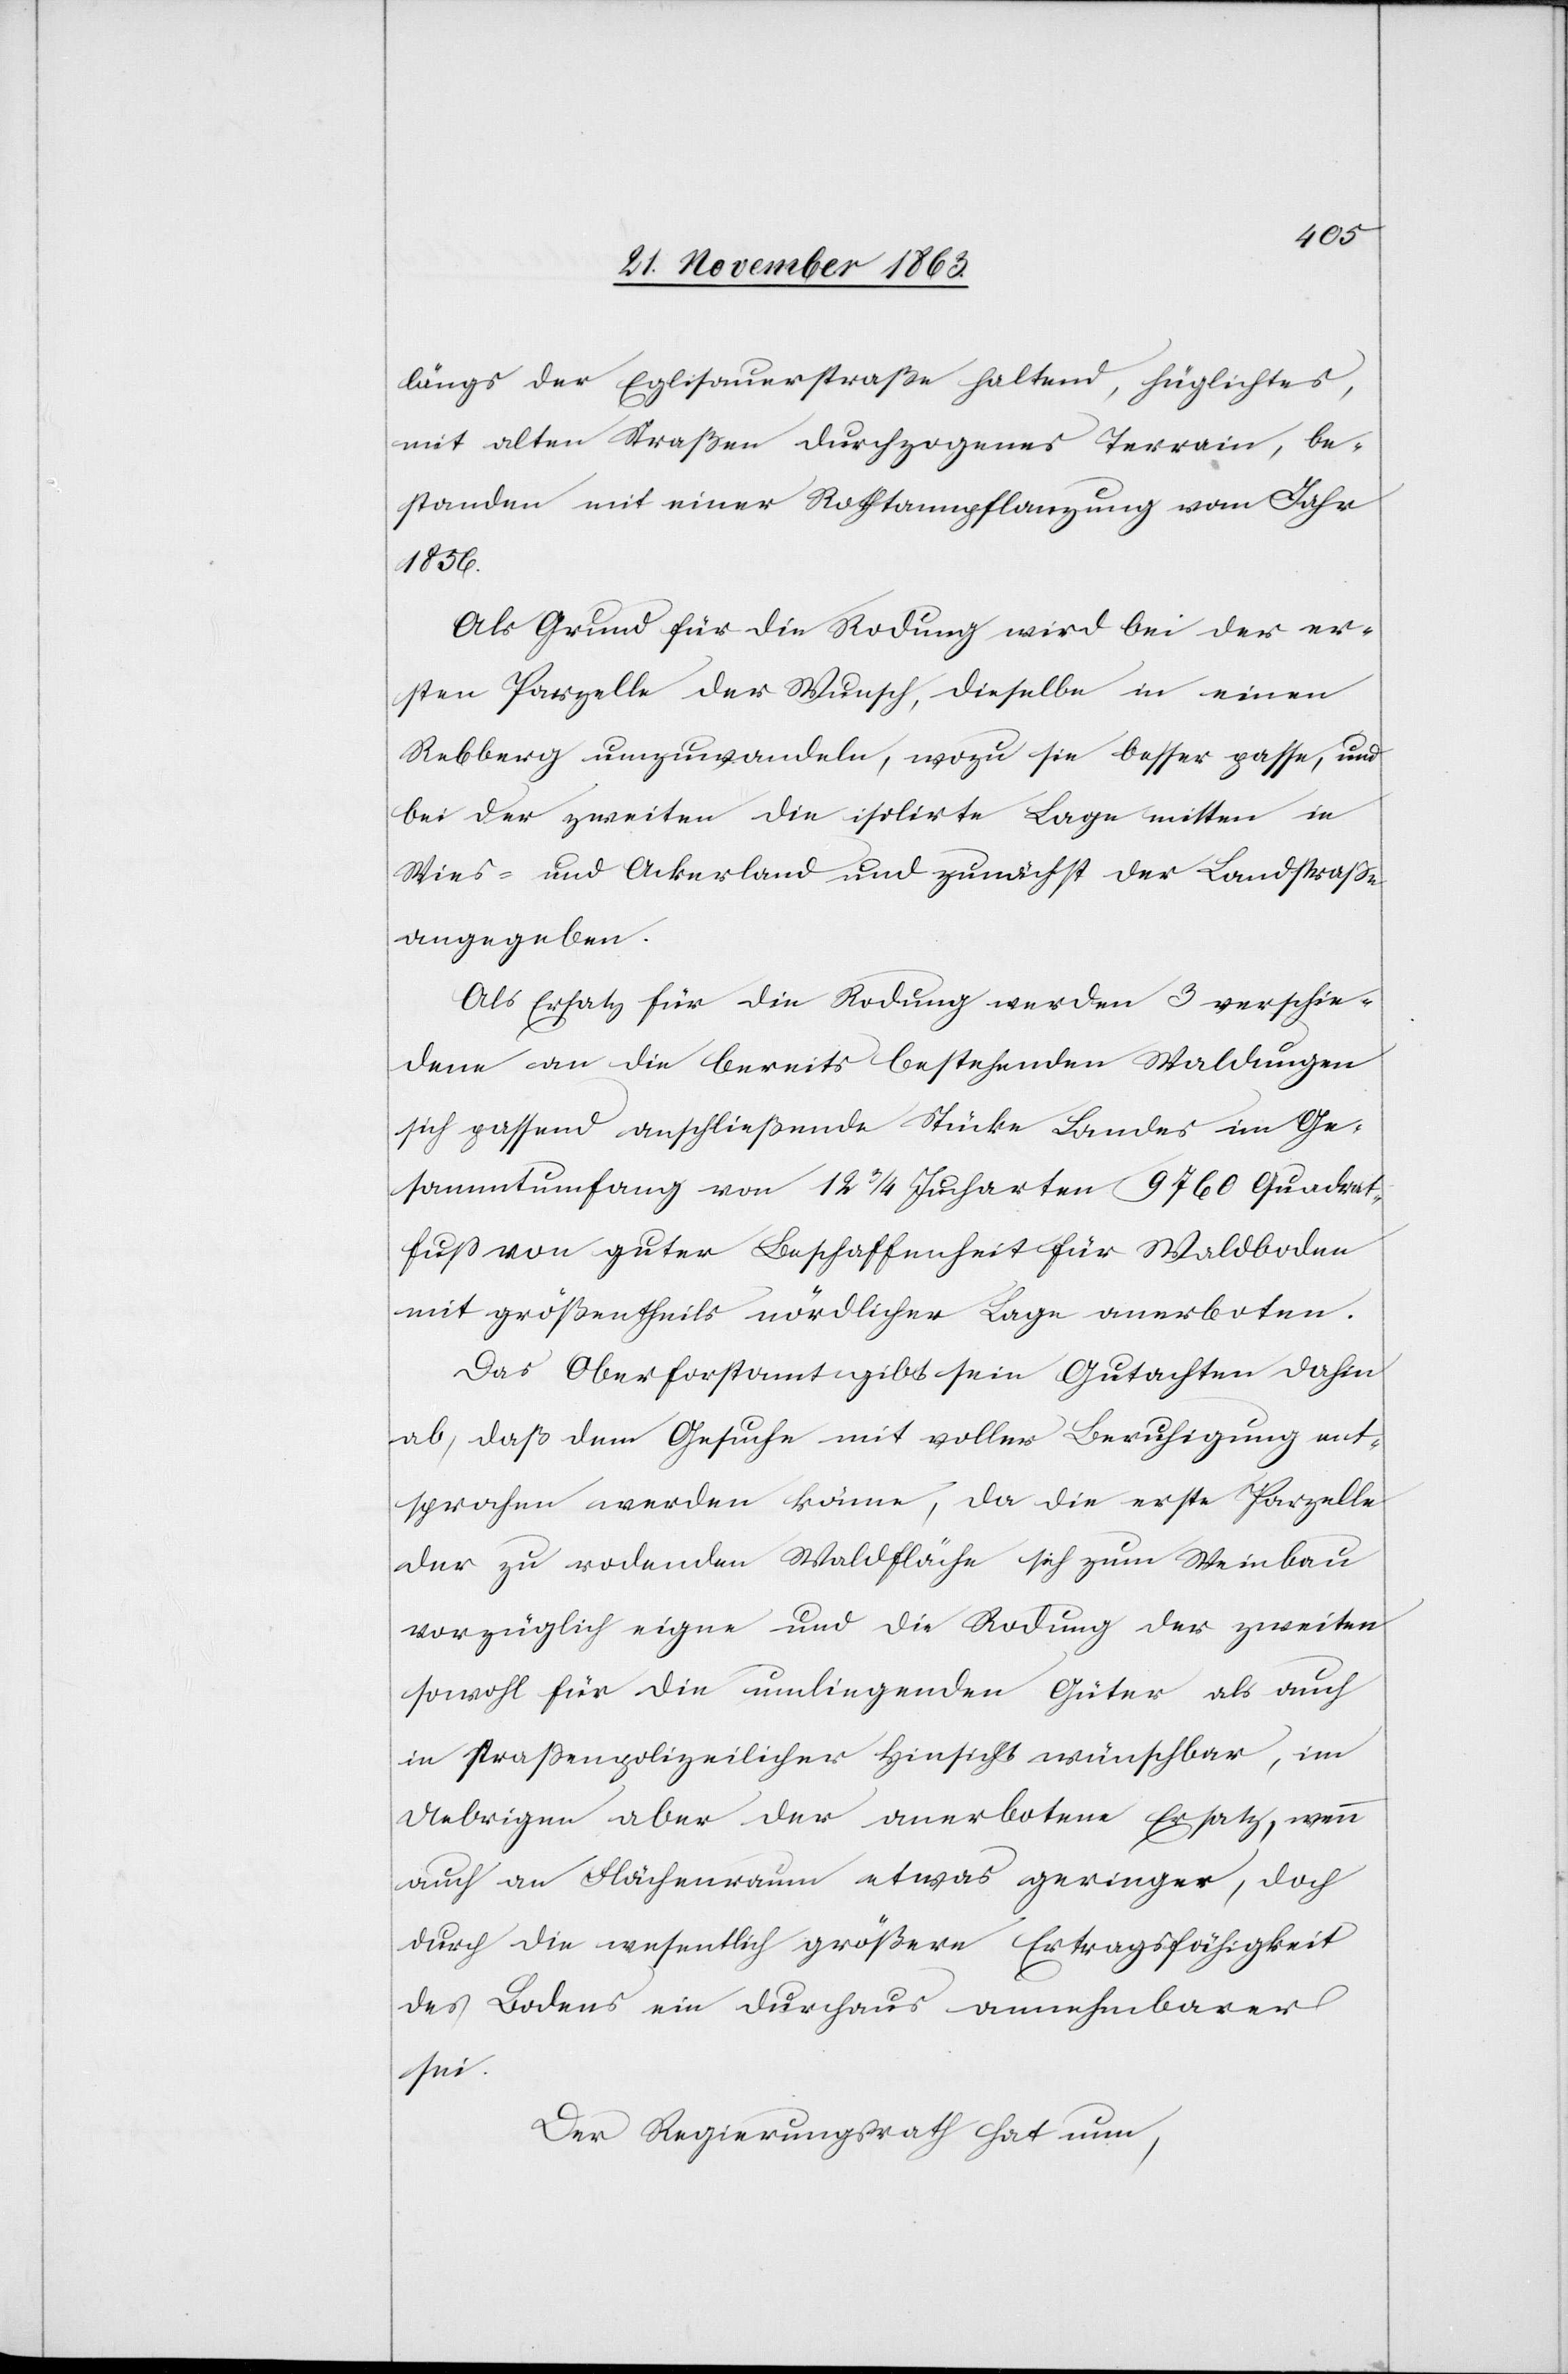
längs der Eglisauerstraße haltend, hüglichtes,
mit alten Straßen durchzogenes Terrain, be¬
standen mit einer Rothtannpflanzung vom Jahr
1856.
Als Grund für die Rodung wird bei der er¬
sten Parzelle der Wunsch, dieselbe in einen
Rebberg umzuwandeln, wozu sie besser passe, und
bei der zweiten die isolirte Lage mitten in
Wies- und Ackerland und zunächst der Landstraße
angegeben.
Als Ersatz für die Rodung werden 3 verschie¬
dene an die bereits bestehenden Waldungen
sich passend anschließende Stücke Landes im Ge¬
sammtumfang von 12 3/4 Jucharten 9760 Quadrat¬
fuss von guter Beschaffenheit für Waldboden
mit größtentheils nördlicher Lage anerboten.
Das Oberforstamt gibt sein Gutachten dahin
ab, daß dem Gesuche mit voller Beruhigung ent¬
sprochen werden könne, da die erste Parzelle
der zu rodenden Waldfläche sich zum Weinbau
vorzüglich eigne und die Rodung der zweiten
sowohl für die umliegenden Güter als auch
in strassenpolizeilicher Hinsicht wünschbar, im
Uebrigen aber der anerbotene Ersatz, wenn
auch an Flächenraum etwas geringer, doch
durch die wesentlich größere Ertragsfähigkeit
des Bodens ein durchaus annehmbarer
sei.
Der Regierungsrath hat nun,